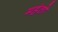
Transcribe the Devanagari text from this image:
महंतो